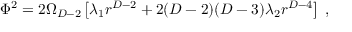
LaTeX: \Phi ^ { 2 } = 2 \Omega _ { D - 2 } \left[ \lambda _ { 1 } r ^ { D - 2 } + 2 ( D - 2 ) ( D - 3 ) \lambda _ { 2 } r ^ { D - 4 } \right] \; ,